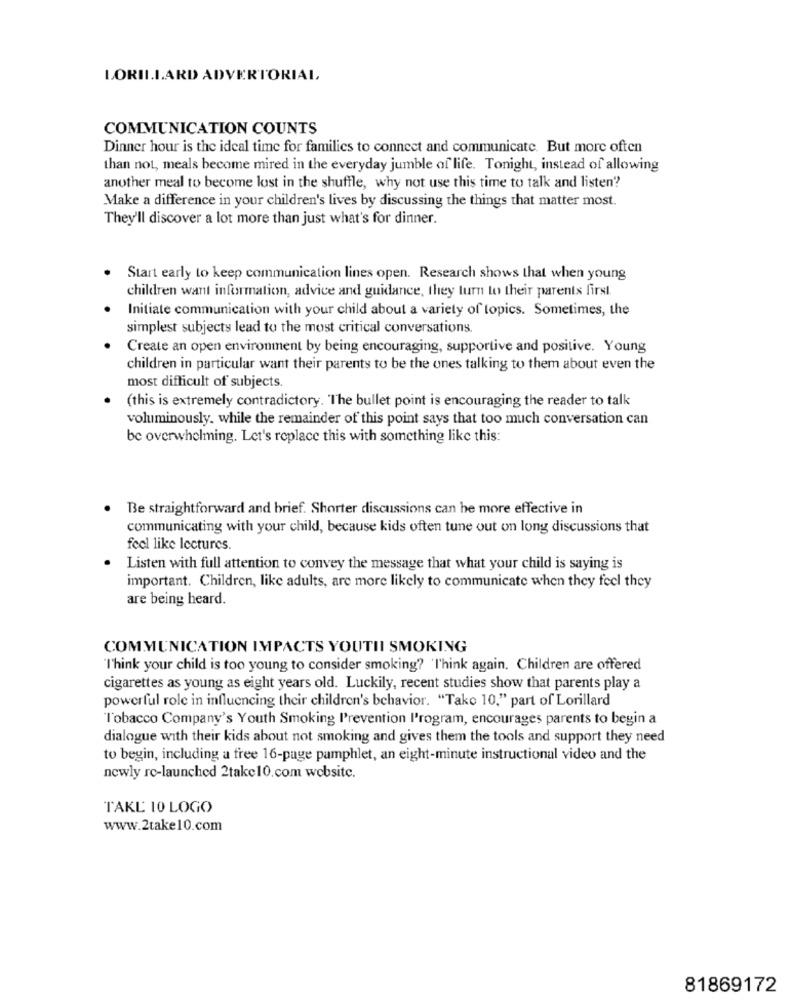
LORILLARD ADVERTORIAL
COMMUNICATION COUNTS
Dinner hour is the ideal time for families to connect and communicate. But more often
than not, meals become mired in the everyday jumble of life. Tonight, instead of allowing
another meal to become lost in the shuffle, why not use this time to talk and listen ??
Make a difference in your children's lives by discussing the things that matter most.
They'll discover a lot more than just what's for dinner.
Start early to keep communication lines open. Research shows that when young
children want information, advice and guidance, they turn to their parents first
Initiate communication with your child about a variety of topics. Sometimes, the
simplest subjects lead to the most critical conversations.
Create an open environment by being encouraging, supportive and positive. Young
children in particular want their parents to be the ones talking to them about even the
most difficult of subjects.
(this is extremely contradictory. "The bullet point is encouraging the reader to talk
voluminously. while the remainder of this point says that too much conversation can
be overwhelming. Let's replace this with something like this:
Be straightforward and brief. Shorter discussions can be more effective in
communicating with your child, because kids often tune out on long discussions that
feel like lectures.
Listen with full attention to convey the message that what your child is saying is
important. Children, like adults, are more likely to communicate when they feel they
are being heard.
COMMUNICATION IMPACTS YOUTHI SMOKING
"T'hink your child is too young to consider smoking? 'Think again. Children are offered
cigarettes as young as eight years old. Luckily, recent studies show that parents play a
powerful role in influencing their children's behavior. "Take 10," part of Lorillard
l'obacco Company's Youth Smoking Prevention l'rogram, encourages parents to begin a
dialogue with their kids about not smoking and gives them the tools and support they need
to begin, including a free 16-page pamphlet, an eight-minute instructional video and the
newly ro-launched 2take10.com website.
TAKL 10 LOGO
www.2take10.com
81869172